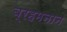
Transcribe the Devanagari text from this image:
ब्रहमनान